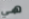
هي